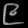
Digit: ၉